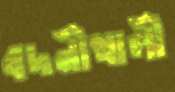
বদনীখালী